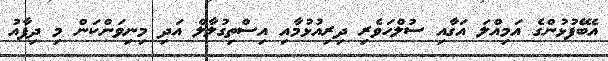
އެބޭފުޅުންގެ އަމިއްލަ އަގާއި ސުލްހަވެރި ދިރިއުޅުމާއި އިސްތިގުލާލް އަދި މިނިވަންކަން މި ދިފާއު